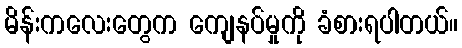
မိန်းကလေးတွေက ကျေနပ်မှုကို ခံစားရပါတယ်။